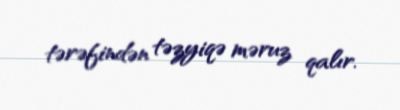
tərəfindən təzyiqə məruz qalır.